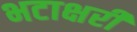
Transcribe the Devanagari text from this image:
भटाक्षरी